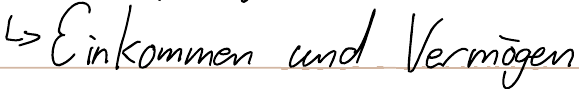
-> Einkommen und Vermögen